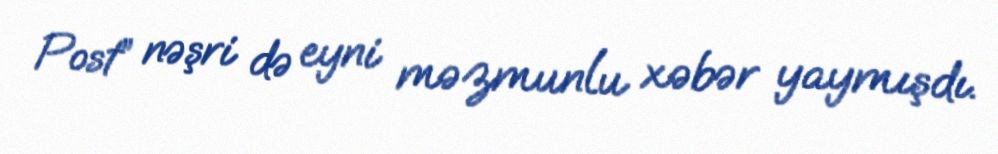
Post” nəşri də eyni məzmunlu xəbər yaymışdı.